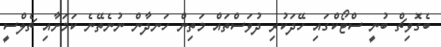
ބެގޮވިޗް ބުނީ ސްޓޯކްގައި ހޭދަކުރި ދުވަސްތައް މަތިން ހަނދާން ނުނެތޭނެ ކަމަށާއި ޗެލްސީ